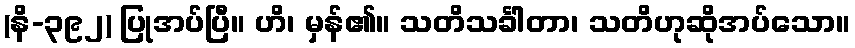
(နိ-၃၉၂) ပြုအပ်ပြီ။ ဟိ၊ မှန်၏။ သတိသင်္ခါတာ၊ သတိဟုဆိုအပ်သော။